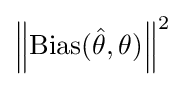
\left\Vert \operatorname {Bias} ({\hat {\theta }},\theta )\right\Vert ^{2}